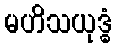
မဟိသယုဒ္ဓံ